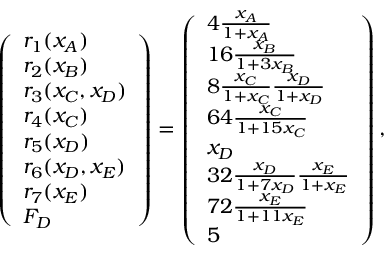
\left( \begin{array} { l } { r _ { 1 } ( x _ { A } ) } \\ { r _ { 2 } ( x _ { B } ) } \\ { r _ { 3 } ( x _ { C } , x _ { D } ) } \\ { r _ { 4 } ( x _ { C } ) } \\ { r _ { 5 } ( x _ { D } ) } \\ { r _ { 6 } ( x _ { D } , x _ { E } ) } \\ { r _ { 7 } ( x _ { E } ) } \\ { F _ { D } } \end{array} \right) = \left( \begin{array} { l } { 4 \frac { x _ { A } } { 1 + x _ { A } } } \\ { 1 6 \frac { x _ { B } } { 1 + 3 x _ { B } } } \\ { 8 \frac { x _ { C } } { 1 + x _ { C } } \frac { x _ { D } } { 1 + x _ { D } } } \\ { 6 4 \frac { x _ { C } } { 1 + 1 5 x _ { C } } } \\ { x _ { D } } \\ { 3 2 \frac { x _ { D } } { 1 + 7 x _ { D } } \frac { x _ { E } } { 1 + x _ { E } } } \\ { 7 2 \frac { x _ { E } } { 1 + 1 1 x _ { E } } } \\ { 5 } \end{array} \right) ,